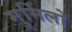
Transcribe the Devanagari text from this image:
मुर्मिलो